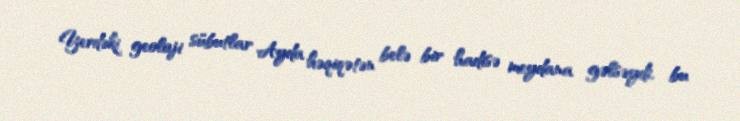
Yerdəki geoloji sübutlar Ayda həqiqətən belə bir hadisə meydana gəlsəydi, bu